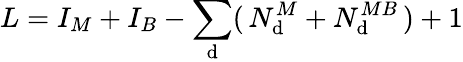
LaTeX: L=I_{M}+I_{B}-\sum_{\mathrm{d}}(\, N_{\mathrm{d}}^{M}+N_{\mathrm{d}}^{MB}\, )+1